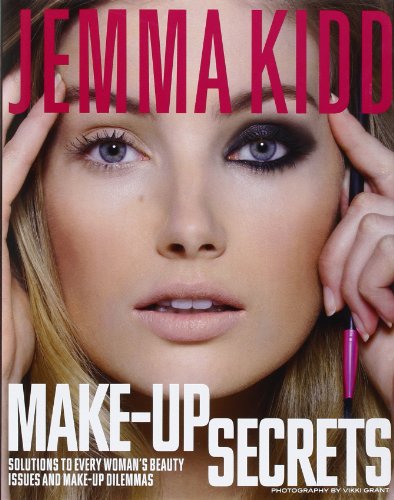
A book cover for Jemma Kidd Make-Up Secrets: Solutions to Every Woman's Beauty Issues and Make-Up Dilemmas; Jemma Kidd; Health, Fitness & Dieting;